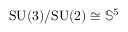
\mathrm { S U ( 3 ) / S U ( 2 ) } \cong { \mathbb S } ^ { 5 }